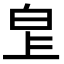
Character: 𤽓